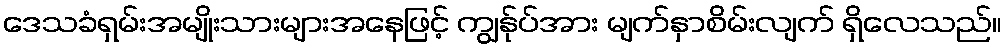
ဒေသခံရှမ်းအမျိုးသားများအနေဖြင့် ကျွန်ုပ်အား မျက်နှာစိမ်းလျက် ရှိလေသည်။